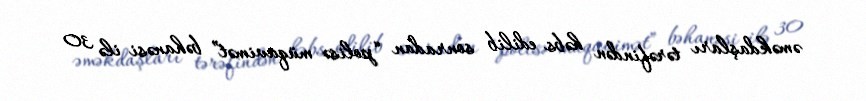
əməkdaşları tərəfindən həbs edilib sonradan “polisə müqavimət” bəhanəsi ilə 30